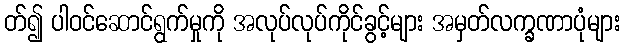
တ်၍ ပါဝင်ဆောင်ရွက်မှုကို အလုပ်လုပ်ကိုင်ခွင့်များ အမှတ်လက္ခဏာပုံများ